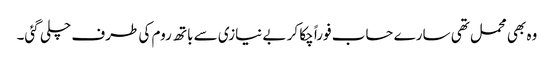
وہ بھی محمل تھی سارے حساب فوراً چکا کر بے نیازی سے باتھ روم کی طرف چلی گئی۔